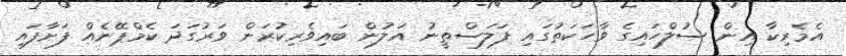
އެމެރިކާ އިން ސުލްހައިގެ ވާހަކަތުގައި ފަލަސްތީނު އަލުން ބައިވެރިކުރަން ވަރުގަދަ ކެމްޕޭނެއް ފަށާފައި